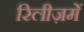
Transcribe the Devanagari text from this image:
रिलीज़में